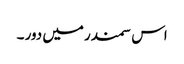
اس سمندر میں دور ۔